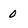
Character: 0